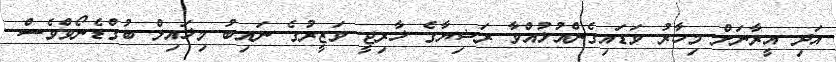
އަދި އީރާނަށް މިހާރު ވަޑައިގެންއުޅުއްވާ ރަޝިޔާގެ ޚާރިޖީ ވަޒީރުގެ ނައިބު މިޚައިލް ބުގްޑެނޯވްވެސް